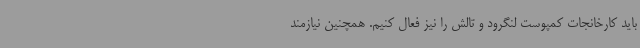
باید کارخانجات کمپوست لنگرود و تالش را نیز فعال کنیم. همچنین نیازمند